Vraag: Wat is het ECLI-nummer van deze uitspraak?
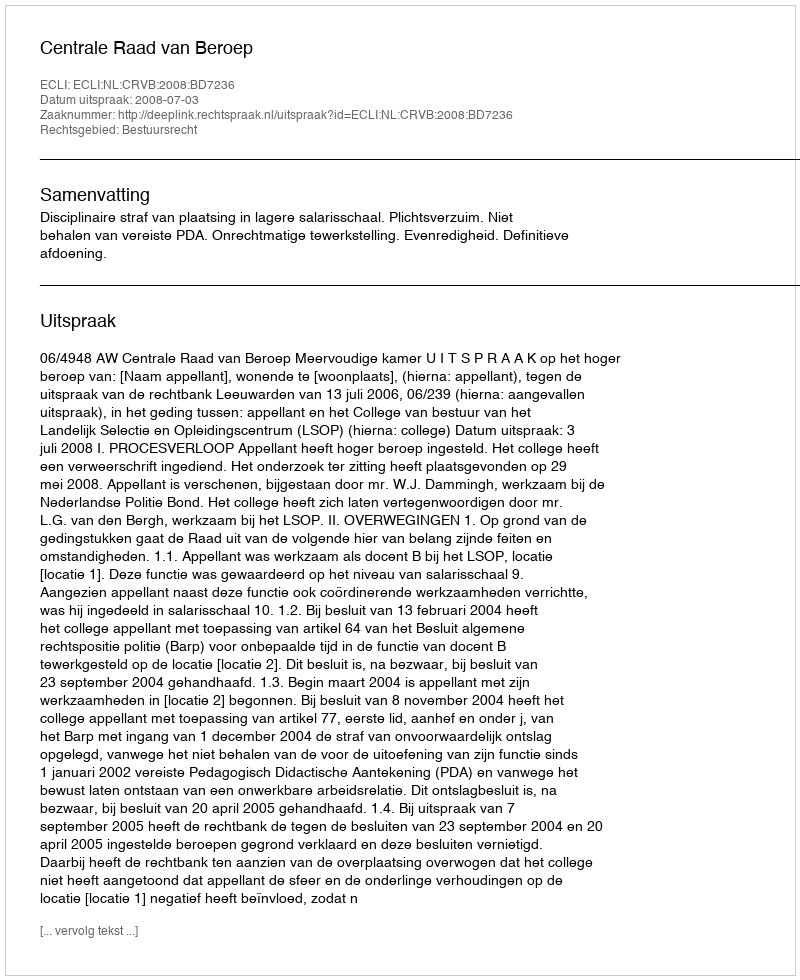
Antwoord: ECLI:NL:CRVB:2008:BD7236